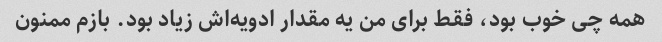
همه چی خوب بود، فقط برای من یه مقدار ادویه‌اش زیاد بود. بازم ممنون